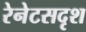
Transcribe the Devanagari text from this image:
रेनेटसदृश